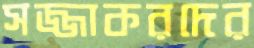
সজ্জাকরদের